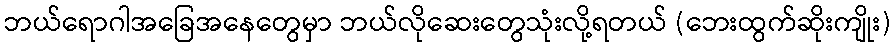
ဘယ်ရောဂါအခြေအနေတွေမှာ ဘယ်လိုဆေးတွေသုံးလို့ရတယ် (ဘေးထွက်ဆိုးကျိုး)